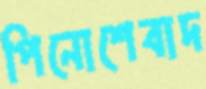
পিনোশেবাদ